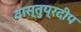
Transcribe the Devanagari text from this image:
वास्तुप्रदीप